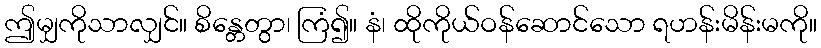
ဤမျှကိုသာလျှင်။ စိန္တေတွာ၊ ကြံ၍။ နံ၊ ထိုကိုယ်ဝန်ဆောင်သော ရဟန်းမိန်းမကို။